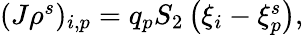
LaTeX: \begin{array}{r}{(J\rho^{s})_{i,p}=q_{p}S_{2}\left({\xi}_{i}-{\xi}_{p}^{s}\right),}\end{array}